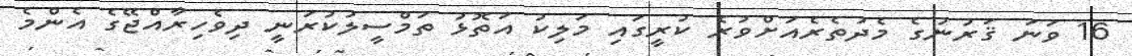
16 ވަނަ ޤަރުނުގެ މެދުތެރެއަށްވުރެ ކުރީގައި މަލިކު އަތޮޅު ތަމްސީލުކުރަނީ ދިވެހިރާއްޖޭގެ އެންމެ